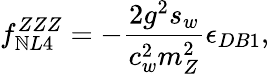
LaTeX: f_{\mathbb{N}L4}^{ZZZ}=-\frac{{2g^{2}s_{w}}}{{c_{w}^{2}m_{Z}^{2}}}\epsilon_{DB1},